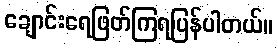
ချောင်းရေဖြတ်ကြရပြန်ပါတယ်။